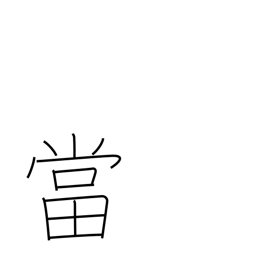
Meaning: accept